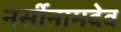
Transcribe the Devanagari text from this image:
नर्सीनामदेव